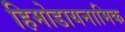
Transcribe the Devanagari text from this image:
हिमोडायनामिक